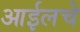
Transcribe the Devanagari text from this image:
आईलचे